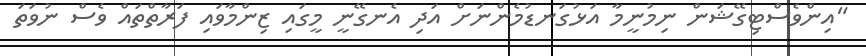
"އިންވެސްޓިގޭޝަން ނިމުނީމާ އަޅުގަނޑުމެންނަށް އަދި އެނގޭނީ މީގައި ޒިންމާވައި ފަރާތްތައް ވެސް ނުވަތަ